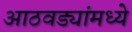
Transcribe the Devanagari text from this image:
आठवड्यांमध्ये